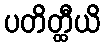
ပတိတ္ထီယိ